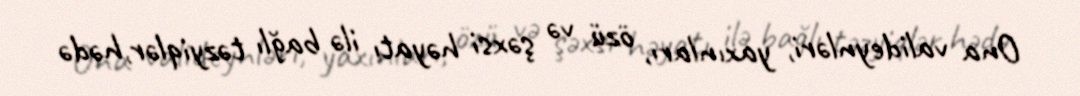
Ona valideynləri, yaxınları, özü və şəxsi həyatı ilə bağlı təzyiqlər,hədə